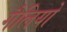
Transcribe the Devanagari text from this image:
गैलियो